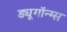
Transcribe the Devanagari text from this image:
ड्यूगॉन्ग्स